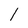
Character: l